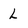
Character: l